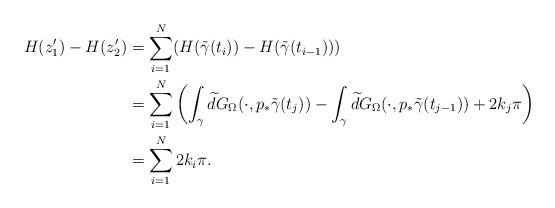
LaTeX: \begin{align*}H(z_1')-H(z_2')&=\sum_{i=1}^N (H(\tilde\gamma(t_i))-H(\tilde\gamma(t_{i-1})))\\&=\sum_{i=1}^N \left(\int_{\gamma}\widetilde{d} G_{\Omega}(\cdot,p_*\tilde\gamma(t_j))-\int_{\gamma}\widetilde{d} G_{\Omega}(\cdot,p_*\tilde\gamma(t_{j-1}))+2k_j\pi\right)\\&=\sum_{i=1}^N 2k_i\pi.\end{align*}